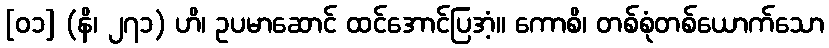
[၀၁] (နိ၊ ၂၇၁) ဟိ၊ ဥပမာဆောင် ထင်အောင်ပြအံ့။ ကောစိ၊ တစ်စုံတစ်ယောက်သော